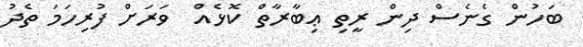
ބަހުން ގެނެސް ދިން ރީތި ޢިބާރާތް ކޮޅެއް  ވަރަށް ފުރިހަމަ ތެދު